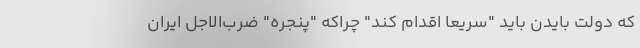
که دولت بایدن باید "سریعا اقدام کند" چراکه "پنجره" ضرب‌الاجل ایران